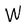
Character: W